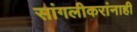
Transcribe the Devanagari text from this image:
सांगलीकरांनाही